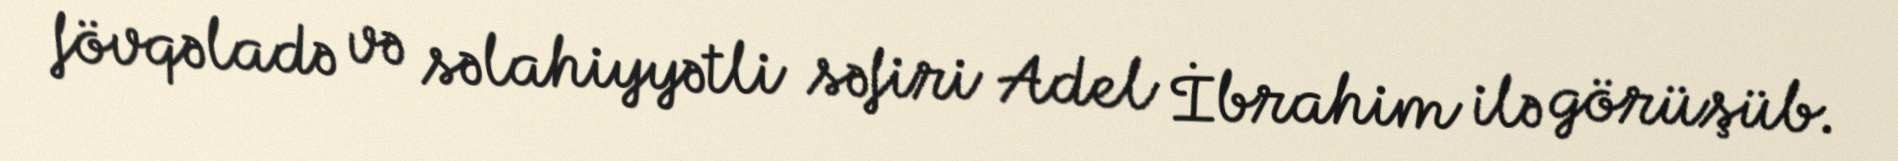
fövqəladə və səlahiyyətli səfiri Adel İbrahim ilə görüşüb.